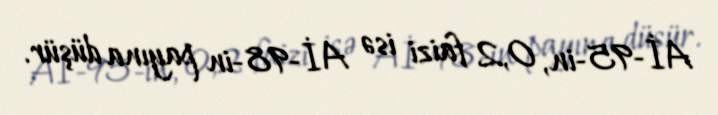
Aİ-95-in, 0,2 faizi isə Aİ-98-in payına düşür.